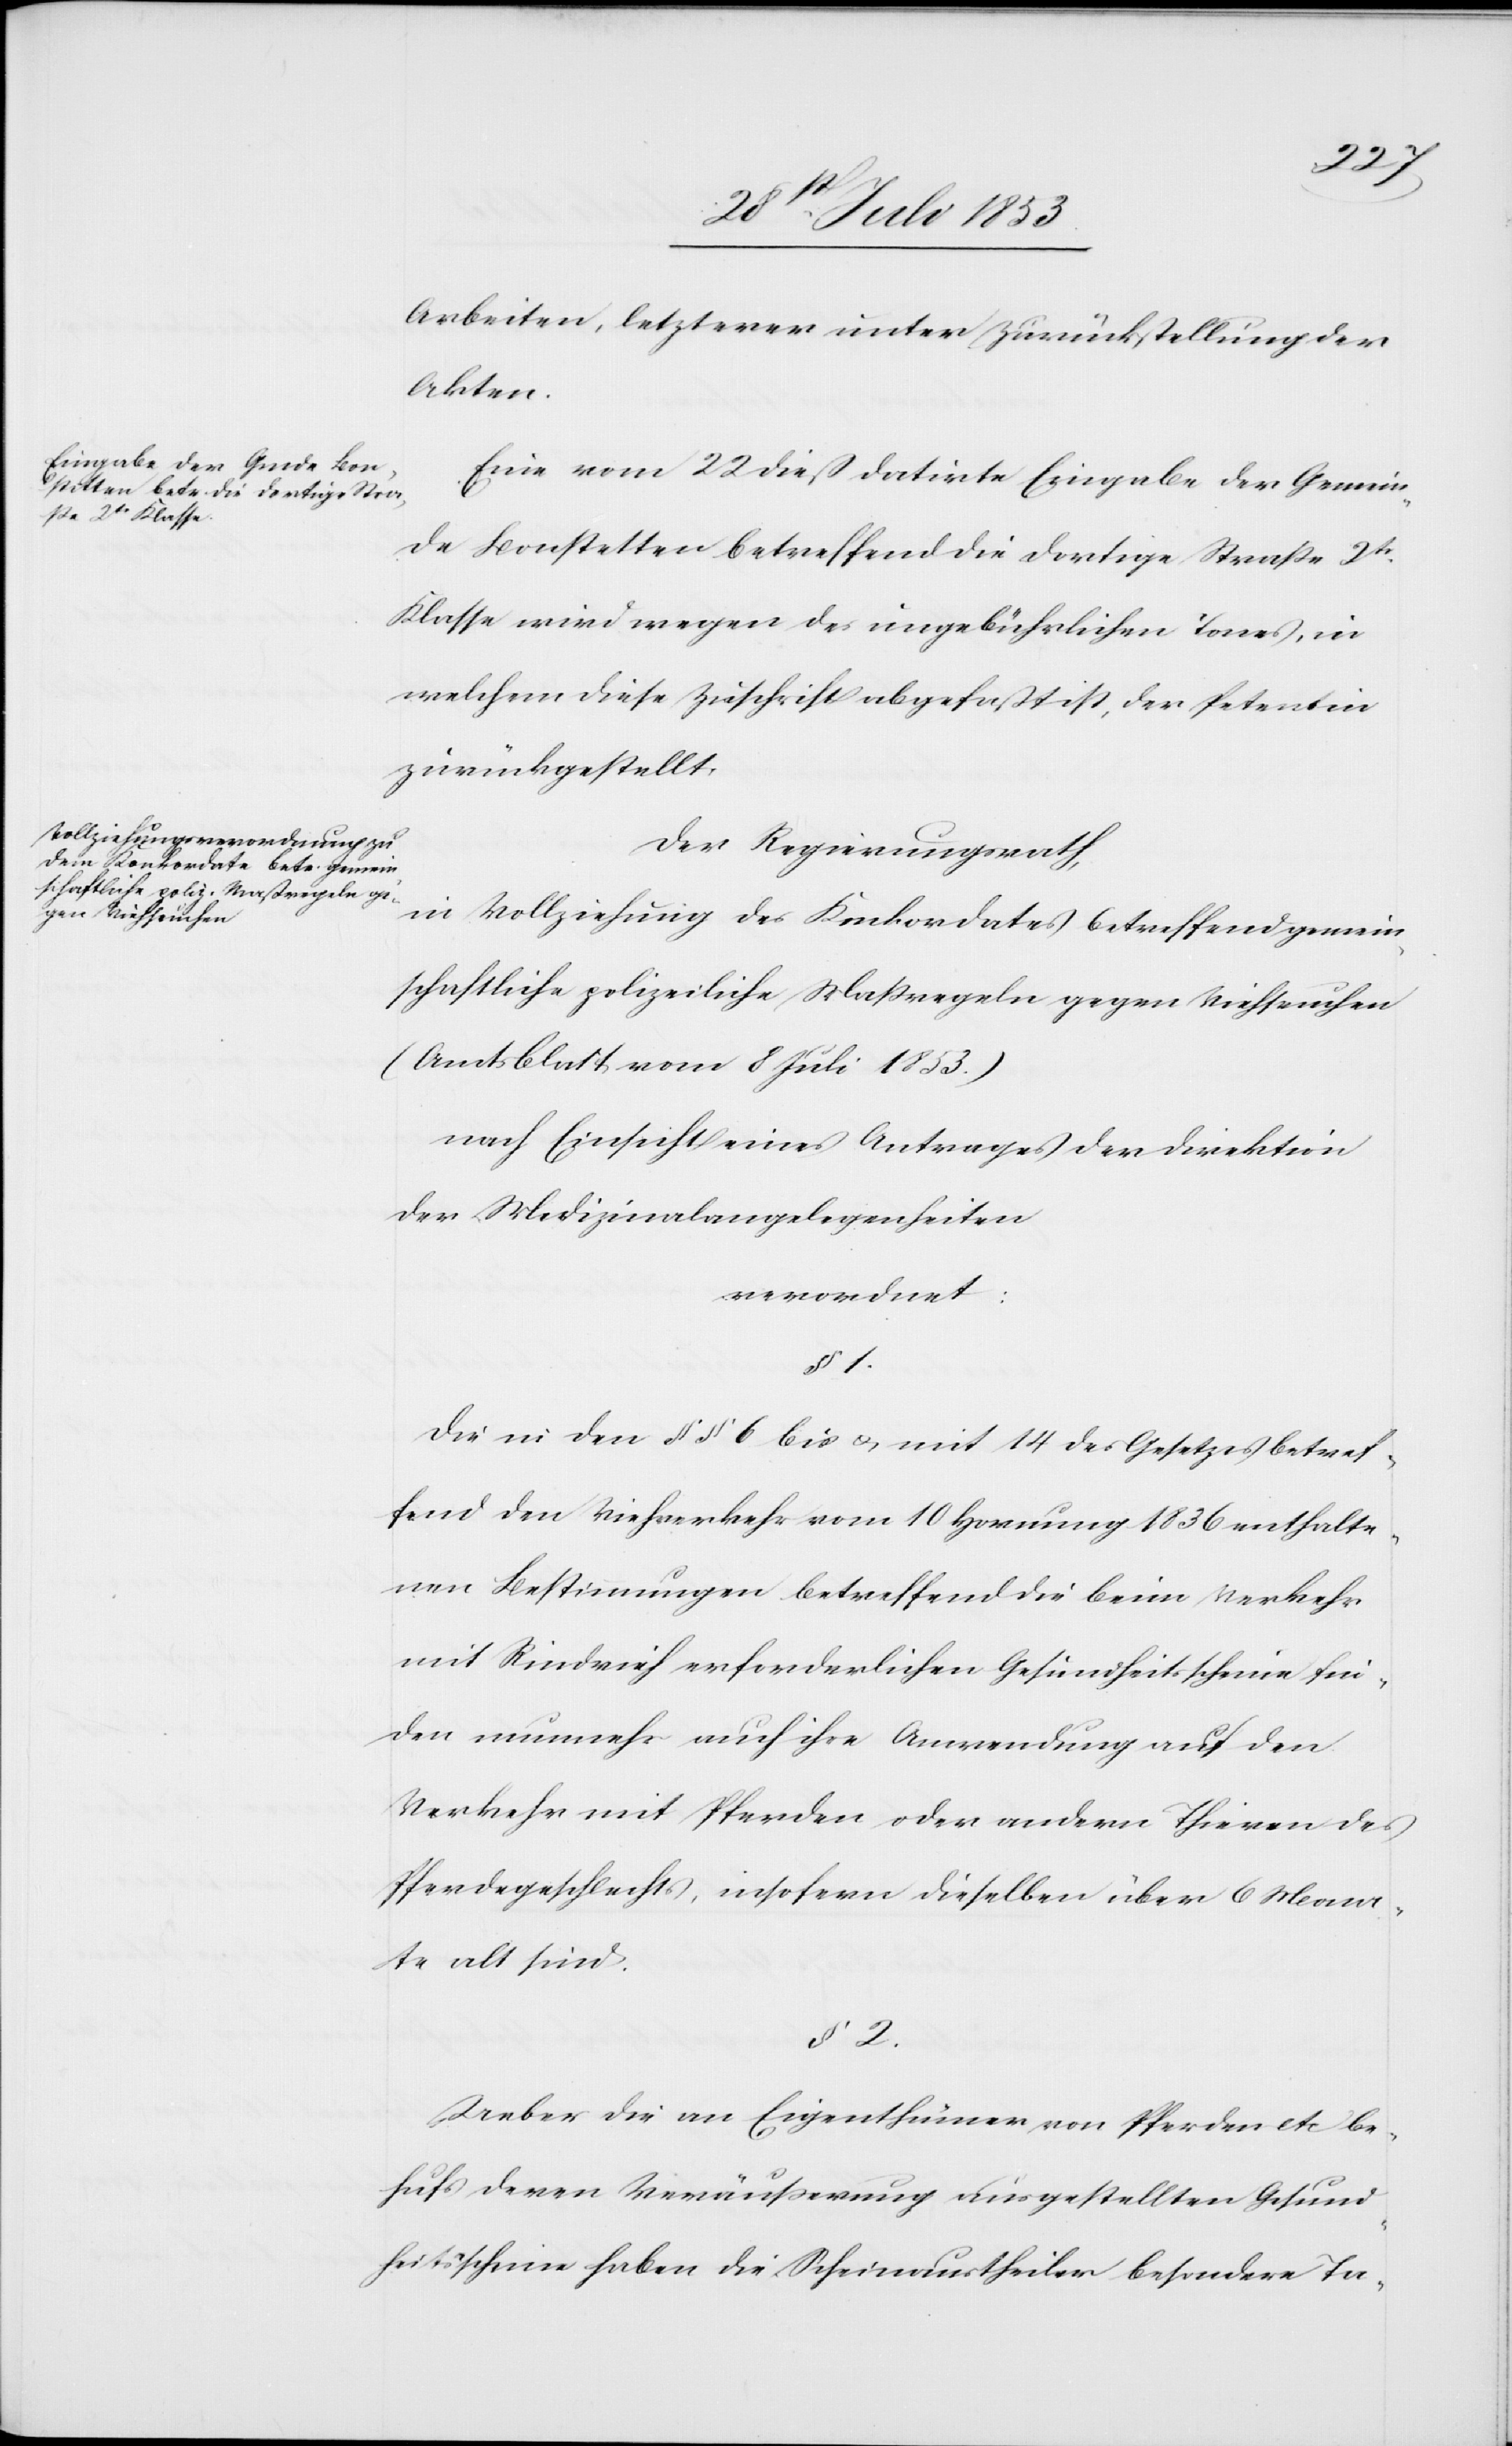
2.
Arbeiten, letzter unter Zurückstellung der
Akten.
Eine vom 22 dieß datirte Eingabe der Gemein¬
de Bonstetten betreffend die dortige Straße 2tr
Klasse wird wegen des ungebührlichen Tones, in
welchem diese Zuschrift abgefaßt ist, der Petentin
zurückgestellt.
Der Regierungsrath,
in Vollziehung des Konkordates betreffend gemein¬
schaftliche polizeiliche Maßregeln gegen Viehseuchen
(Amtsblatt vom 8 Juli 1853)
nach Einsicht eines Antrages der Direktion
der Medizinalangelegenheiten
verordnet:
Die in den §§ 6 bis u. mit 14 des Gesetzes betref¬
fend den Viehverkehr vom 10 Hornung 1836 enthalte¬
nen Bestimmungen betreffend die beim Verkehr
mit Rindvieh erforderlichen Gesundheitsscheine fin¬
den nunmehr auch ihre Anwendung auf den
Verkehr mit Pferden oder andern Thieren des
Pferdegeschlechts, insofern dieselben über 6 Mon¬
ate alt sind.
Ueber die an Eigenthümern von Pferden etc be¬
hufs deren Veräußerung ausgestellten Gesund¬
heitsscheine haben die Scheinaustheiler besondere Ta-